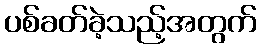
ပစ်ခတ်ခဲ့သည့်အတွက်